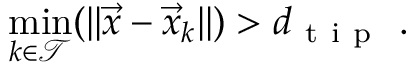
\operatorname* { m i n } _ { k \in \mathcal { T } } ( | | \vec { x } - \vec { x } _ { k } | | ) > d _ { \mathrm { ~ t ~ i ~ p ~ } } \ .